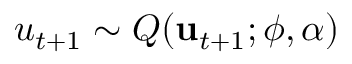
\begin{array} { r } { u _ { t + 1 } \sim Q ( \mathbf { u } _ { t + 1 } ; \boldsymbol { \phi } , \alpha ) } \end{array}